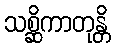
သစ္ဆိကာတုန္တိ